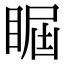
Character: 𥇵